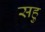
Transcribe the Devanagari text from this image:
सहु